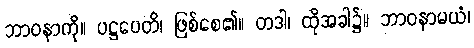
ဘာဝနာကို။ ပဋ္ဌပေတိ၊ ဖြစ်စေ၏။ တဒါ၊ ထိုအခါ၌။ ဘာဝနာမယံ၊